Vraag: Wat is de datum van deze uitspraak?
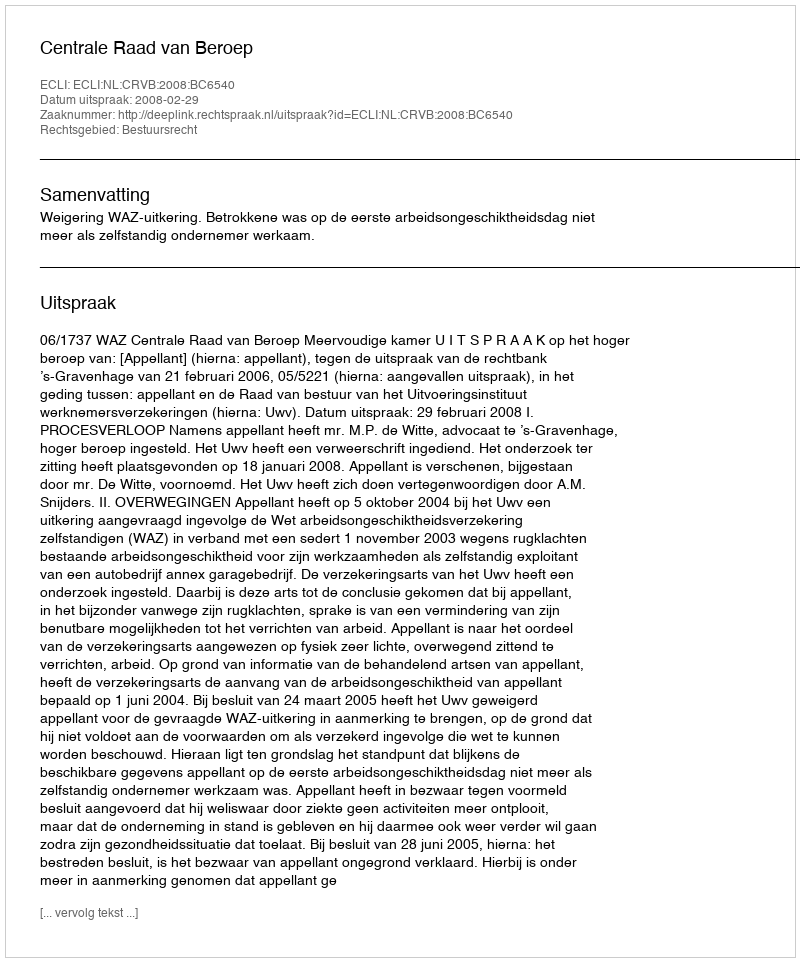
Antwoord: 2008-02-29